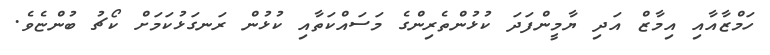
ހަމްޒާއާއި އިމާޒް އަދި ޔާމީންފަދަ ކުޅުންތެރިންގެ މަސައްކަތާއި ކުޅުން ރަނގަޅުކަމަށް ކޯޗު ބުންޏެވެ.